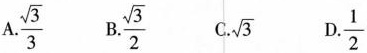
A. \frac{\sqrt{3}}{3} B. \frac{\sqrt{3}}{2} C. \sqrt{3} D. \frac{2}{1}